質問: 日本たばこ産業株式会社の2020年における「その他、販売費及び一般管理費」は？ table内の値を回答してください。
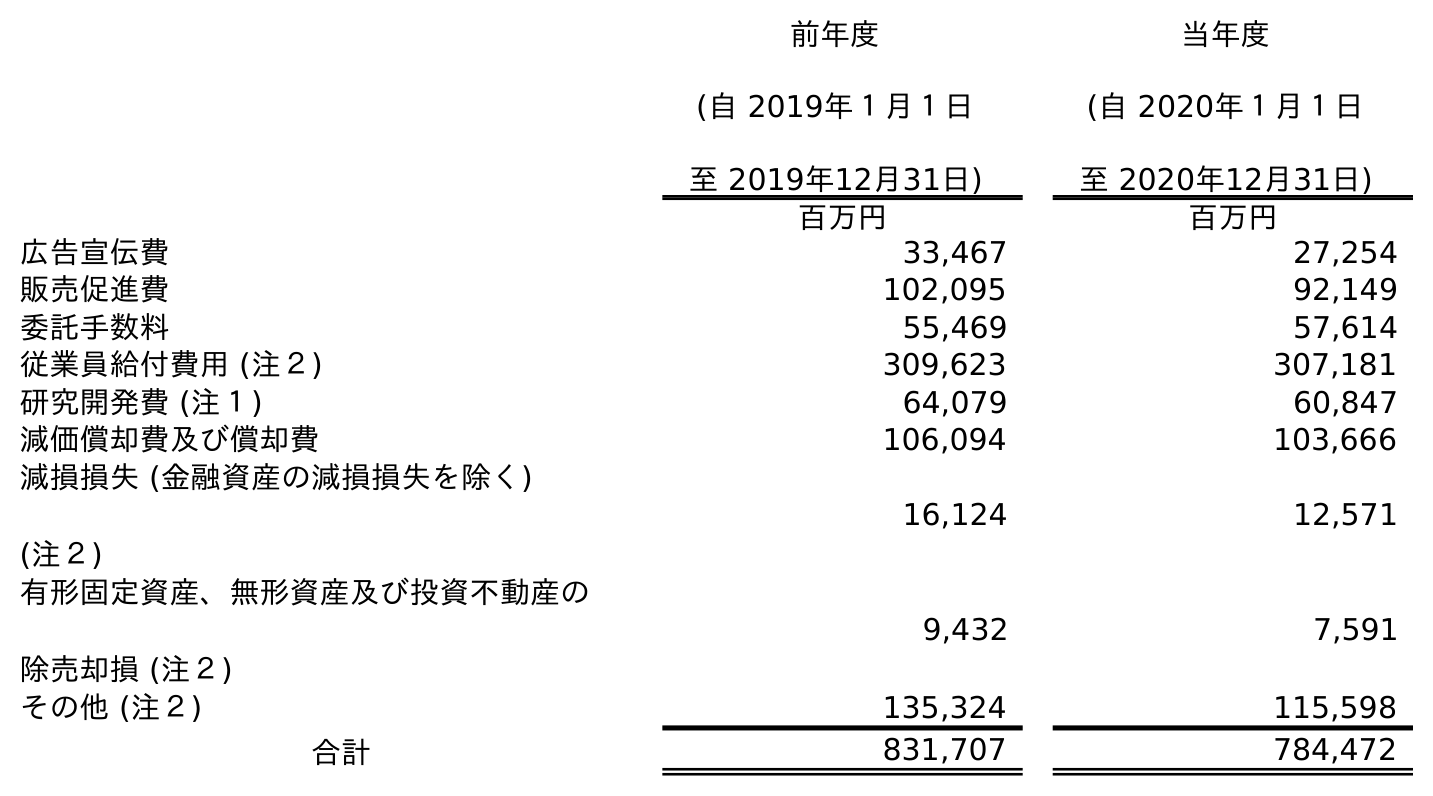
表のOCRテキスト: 前年度 (自 2019年１月１日 至 2019年12月31日) 当年度 (自 2020年１月１日 至 2020年12月31日) 百万円 百万円 広告宣伝費 33,467 27,254 販売促進費 102,095 92,149 委託手数料 55,469 57,614 従業員給付費用 (注２) 309,623 307,181 研究開発費 (注１) 64,079 60,847 減価償却費及び償却費 106,094 103,666 減損損失 (金融資産の減損損失を除く) (注２) 16,124 12,571 有形固定資産、無形資産及び投資不動産の 除売却損 (注２) 9,432 7,591 その他 (注２) 135,324 115,598 合計 831,707 784,472
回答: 115,598